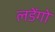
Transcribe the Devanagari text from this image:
लडेंगो